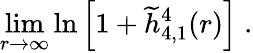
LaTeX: \operatorname*{lim}_{r\to\infty}\ln\left[1+\widetilde h_{4,1}^{4}(r)\right]\; .